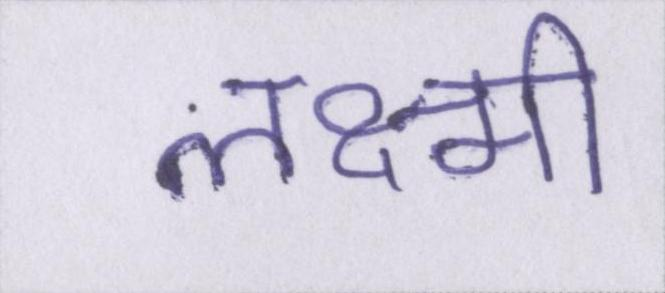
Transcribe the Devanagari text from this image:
लक्ष्मी